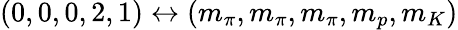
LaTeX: (0,0,0,2,1)\leftrightarrow(m_{\pi},m_{\pi},m_{\pi},m_{p},m_{K})